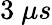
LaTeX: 3~\mu s